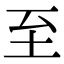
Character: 至